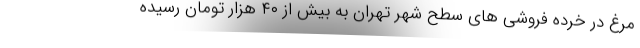
مرغ در خرده فروشی های سطح شهر تهران به بیش از ۴۰ هزار تومان رسیده